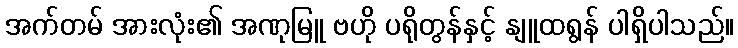
အက်တမ် အားလုံး၏ အဏုမြူ ဗဟို ပရိုတွန်နှင့် နျူထရွန် ပါရှိပါသည်။